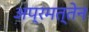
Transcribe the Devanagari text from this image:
अप्रमत्तेन